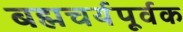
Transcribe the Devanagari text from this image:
बह्मचर्यपूर्वक